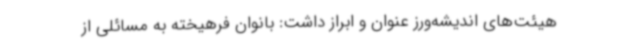
هیئت‌های اندیشه‌ورز عنوان و ابراز داشت: بانوان فرهیخته به مسائلی از